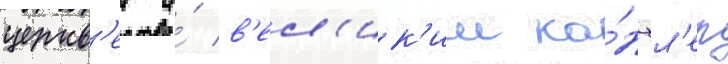
церкв'еи и́ в'ел'ик'ии ка́нцл'ер